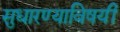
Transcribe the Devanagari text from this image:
सुधारण्याविषयीं